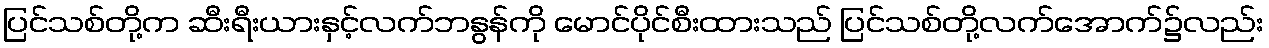
ပြင်သစ်တို့က ဆီးရီးယားနှင့်လက်ဘနွန်ကို မောင်ပိုင်စီးထားသည် ပြင်သစ်တို့လက်အောက်၌လည်း